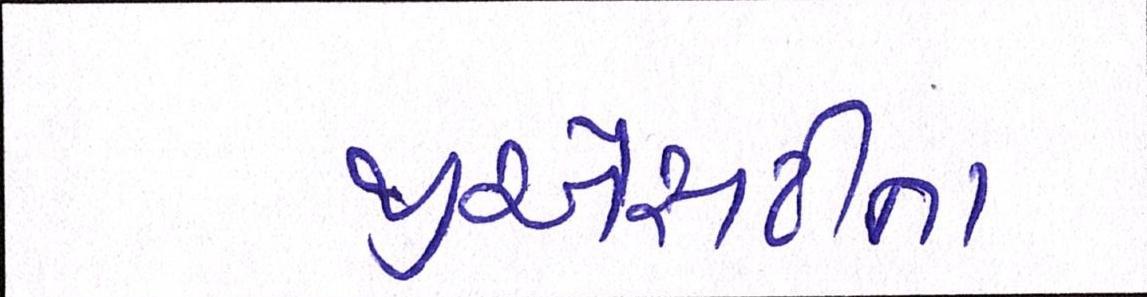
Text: જીએસટીના